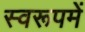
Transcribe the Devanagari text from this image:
स्वरूपमें